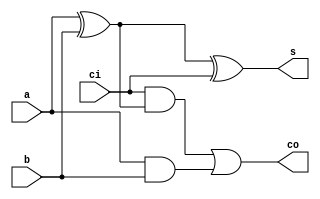
// a single bit ripple adder with a carry bit

module rippleAdder(a, b, ci, s, co);

    input a, b, ci;
    output s, co;
    wire z, y, x;
    
    // gate(output, inputs...)
    xor #20 xor0(z, a, b); 
    xor #20 xor1(s, z, ci);
    and #10 and0(y, ci, z);
    and #10 and1(x, a, b);
    or  #10 or0(co, y, x);

endmodule